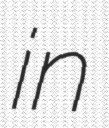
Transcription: in